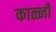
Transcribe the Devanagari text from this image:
काळ्जी